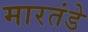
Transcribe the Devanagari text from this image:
मारतंडे